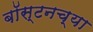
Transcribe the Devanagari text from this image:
बॉस्टनच्या